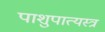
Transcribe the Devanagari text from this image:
पाशुपात्यस्त्र